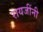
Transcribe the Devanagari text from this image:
रायजींनी